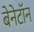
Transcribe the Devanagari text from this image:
बेनेटॉन